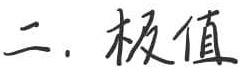
二. 极值